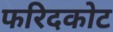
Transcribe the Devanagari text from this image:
फरिदकोट